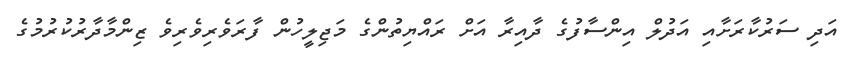
އަދި ސަރުކާރަށާއި އަދުލް އިންސާފުގެ ދާއިރާ އަށް ރައްޔިތުންގެ މަޖިލީހުން ފާރަވެރިވެރިވެ ޒިންމާދާރުކުރުމުގެ